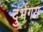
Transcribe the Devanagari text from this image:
दुर्भगय